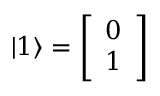
| 1 \rangle = { \left[ \begin{array} { l } { 0 } \\ { 1 } \end{array} \right] }